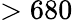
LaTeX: >680